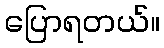
ပြောရတယ်။